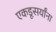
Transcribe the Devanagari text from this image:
एकडूसर्यांना